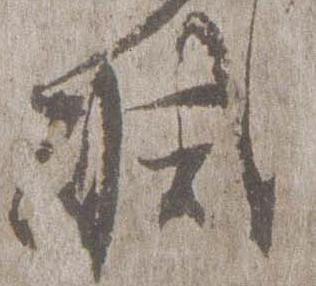
減